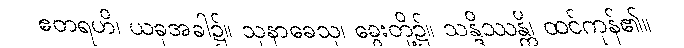
ဧတရဟိ၊ ယခုအခါ၌။ သုနာခေသု၊ ခွေးတို့၌။ သန္ဒိဿန္တိ၊ ထင်ကုန်၏။